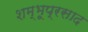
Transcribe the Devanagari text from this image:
शम्भूप्रसाद